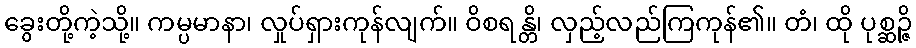
ခွေးတို့ကဲ့သို့။ ကမ္ပမာနာ၊ လှုပ်ရှားကုန်လျက်။ ဝိစရန္တိ၊ လှည့်လည်ကြကုန်၏။ တံ၊ ထို ပုစ္ဆဉ္ဇိ